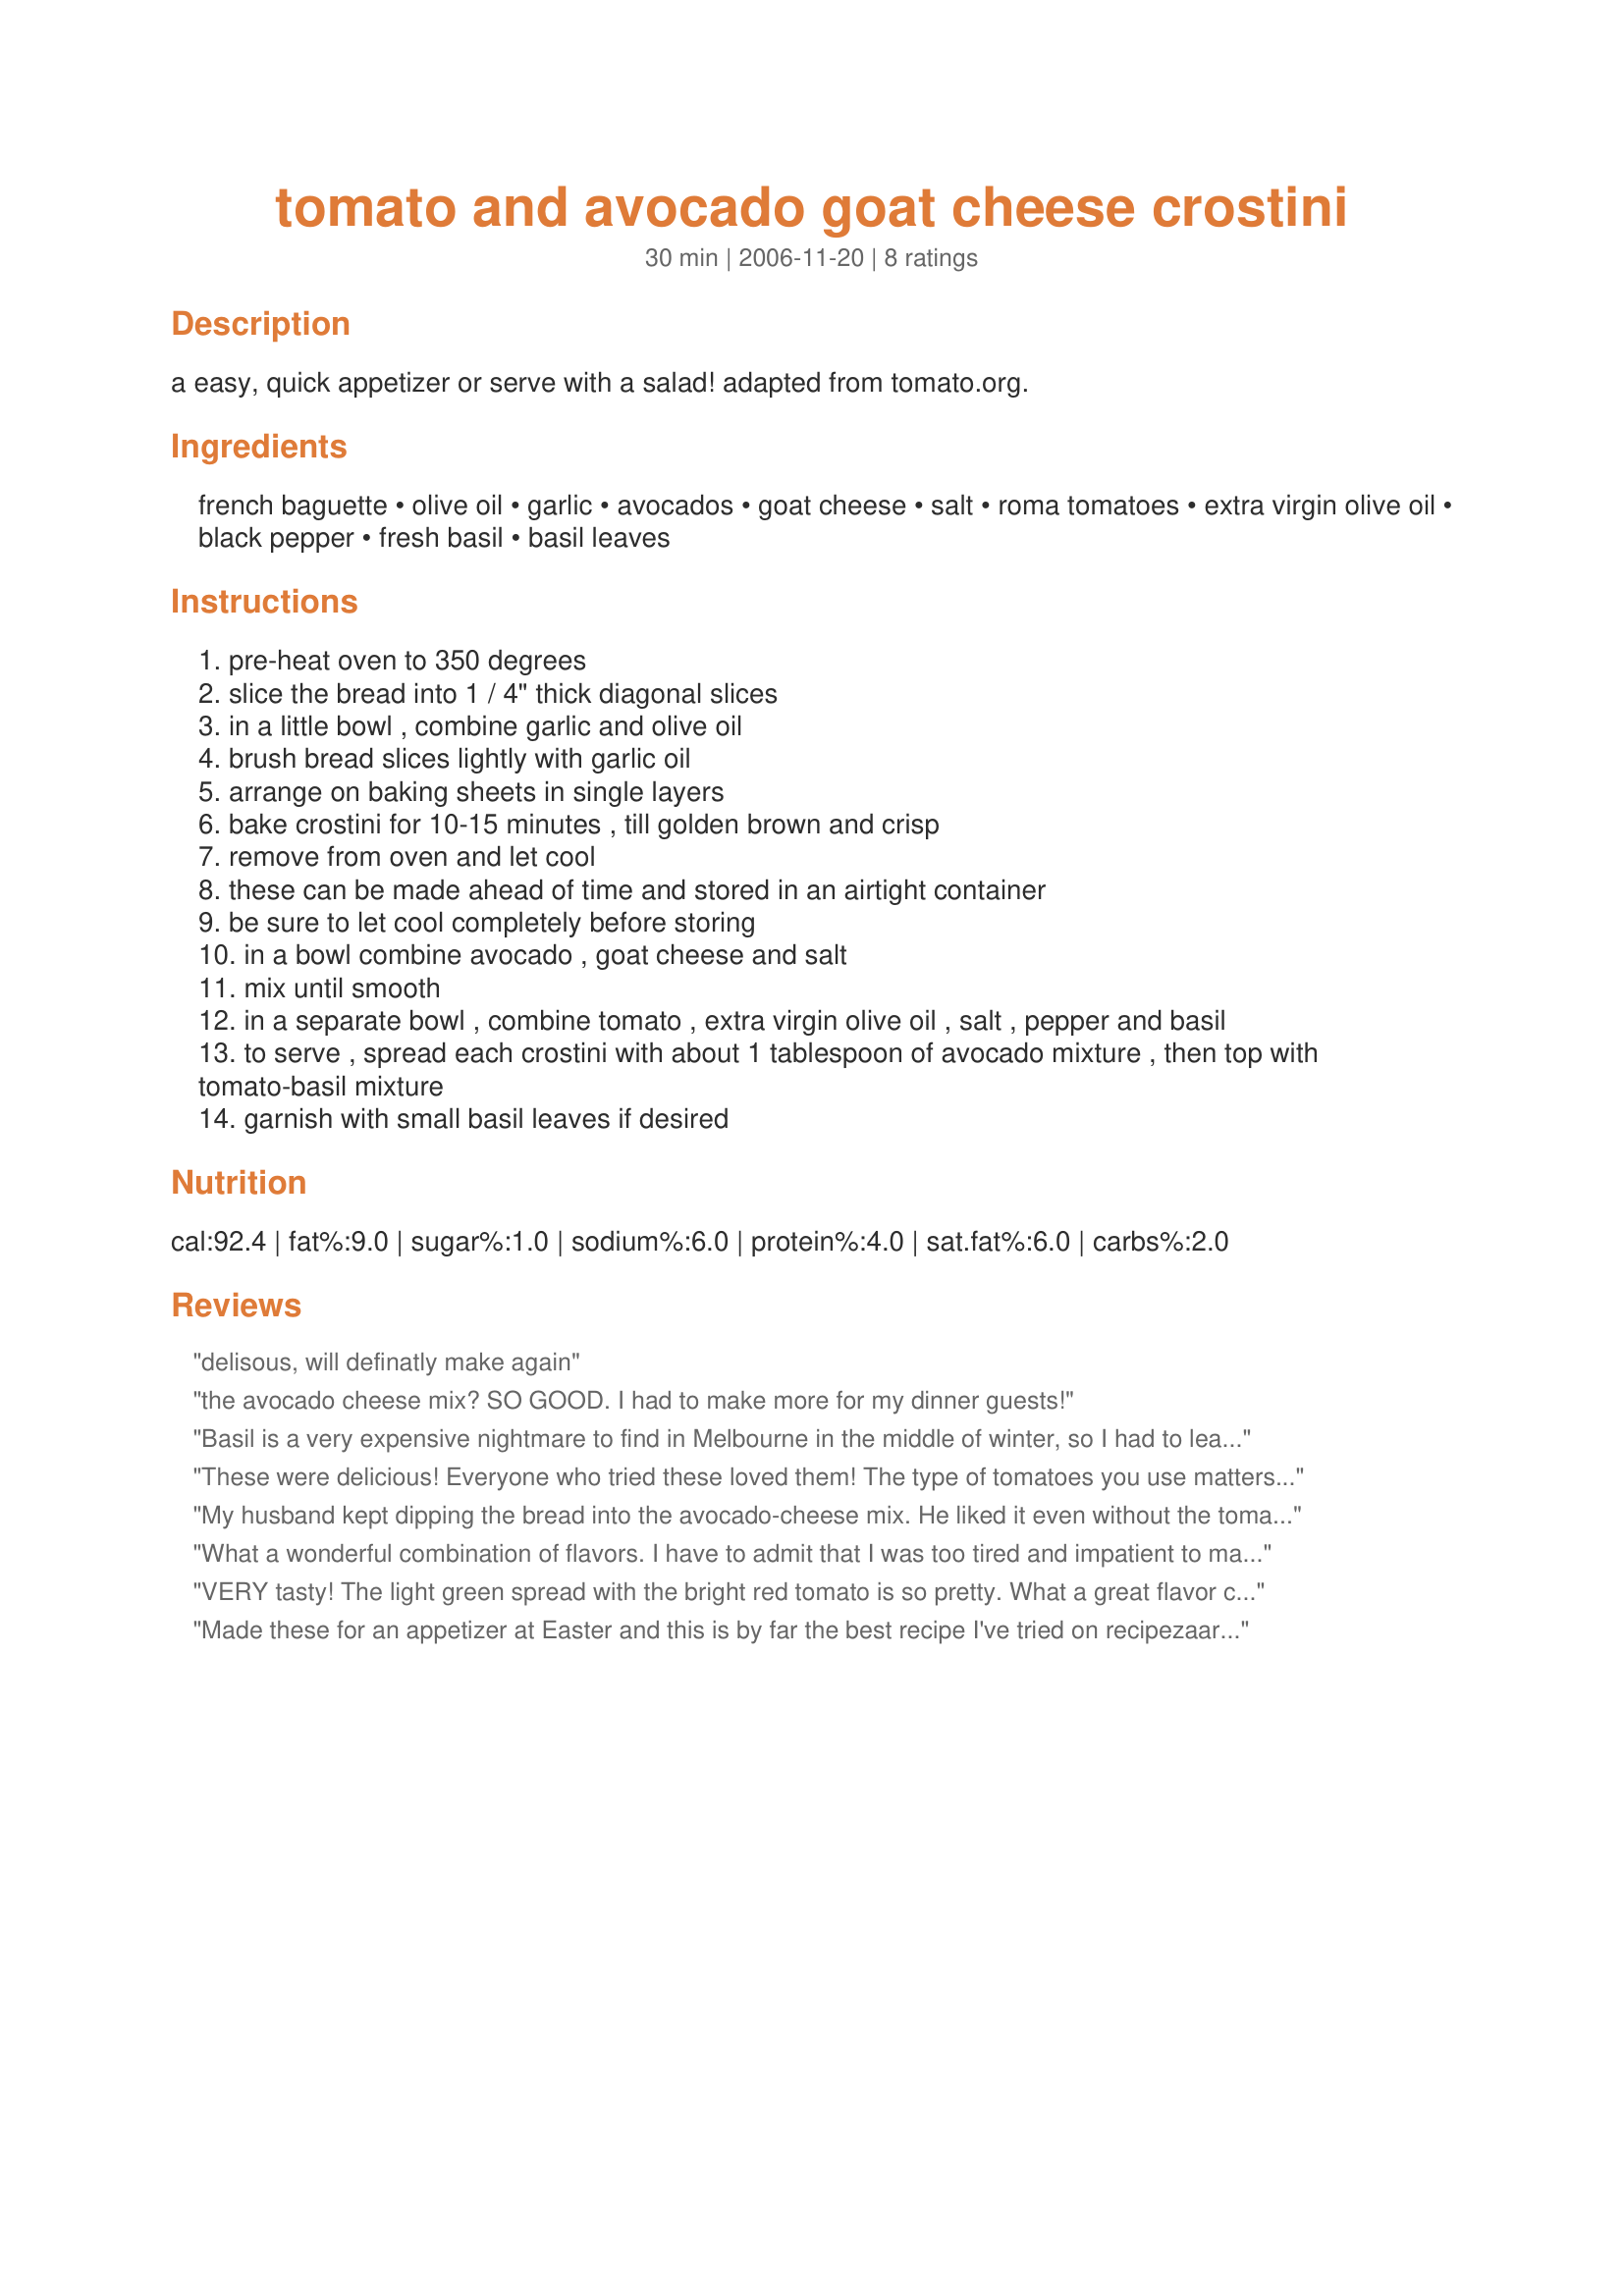
tomato and avocado goat cheese crostini
Preparation time: 30 minutes

a easy, quick appetizer or serve with a salad! adapted from tomato.org.

Ingredients:
french baguette, olive oil, garlic, avocados, goat cheese, salt, roma tomatoes, extra virgin olive oil, black pepper, fresh basil, basil leaves

Steps:
pre-heat oven to 350 degrees
slice the bread into 1 / 4" thick diagonal slices
in a little bowl , combine garlic and olive oil
brush bread slices lightly with garlic oil
arrange on baking sheets in single layers
bake crostini for 10-15 minutes , till golden brown and crisp
remove from oven and let cool
these can be made ahead of time and stored in an airtight container
be sure to let cool completely before storing
in a bowl combine avocado , goat cheese and salt
mix until smooth
in a separate bowl , combine tomato , extra virgin olive oil , salt , pepper and basil
to serve , spread each crostini with about 1 tablespoon of avocado mixture , then top with tomato-basil mixture
garnish with small basil leaves if desired

Reviews:
delisous, will definatly make again
the avocado cheese mix? SO GOOD. I had to make more for my dinner guests!
Basil is a very expensive nightmare to find in Melbourne in the middle of winter, so I had to leave it out - nevertheless these were such a tasty appetizer! I will look forward to making again in summer when herbs are more plentiful. Loved that I could make the bases and the avocado and tomato mixes ahead of time - effortless entertaining! Thanks for posting!
These were delicious! Everyone who tried these loved them! The type of tomatoes you use matters in this recipe as the flavor really stands out! You can also leave the avocado out if you want to and they will still be fantastic (though I did use them)! Thank you for sharing!
My husband kept dipping the bread into the avocado-cheese mix. He liked it even without the tomato-basil mixture. I really like the ease of this recipe (and flavors!). It would be really good for a summer tapas party.
What a wonderful combination of flavors. I have to admit that I was too tired and impatient to make the bread, so I substituted garlic flavored bagel chips - they really worked well, although not something I would serve to guests, as it leaks through the bagel hole! But that was ok with me and my glass of wine!
VERY tasty! The light green spread with the bright red tomato is so pretty. What a great flavor combo. My baguette had lots of air holes, but the mashed avocado spread filled those in nicely making the perfect base for the tomato. I used a slotted spoon with the tomatoes, leaving the juices behind so it was not as messy/soggy. I also cut this recipe in half for the two of us, and used flavored (Provencal) goat cheese crumbles. If I ordered this in a restaurant, I'd be impressed. Flavorful, beautiful appetizer or snack.
Made these for an appetizer at Easter and this is by far the best recipe I've tried on recipezaar. I crave these goat cheese crostinis and can't wait to have an excuse to make it again! In place of fresh basil I had a tube of prepared basil that you get in the produce section at the grocery store. Couldn't tell the difference between the real thing. Made the ingredients the day before and put the bruschettas together the next morning. Awesome!
